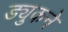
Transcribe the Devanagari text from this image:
ड्युकने